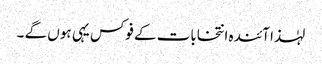
لہٰذا آئندہ انتخابات کے فوکس یہی ہوں گے ۔